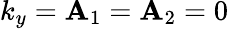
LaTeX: k_{y}={\mathbf A}_{1}={\mathbf A}_{2}=0